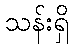
သန်းရှိ